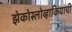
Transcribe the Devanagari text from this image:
झेकोस्लोव्हाकियाची